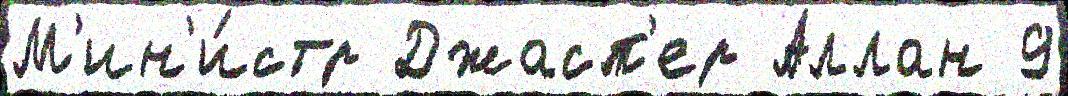
М'ин'и́стр Джасп'ер Аллан 9